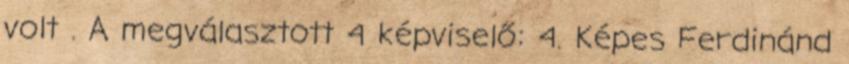
volt . A megválasztott 4 képviselő: 4. Képes Ferdinánd